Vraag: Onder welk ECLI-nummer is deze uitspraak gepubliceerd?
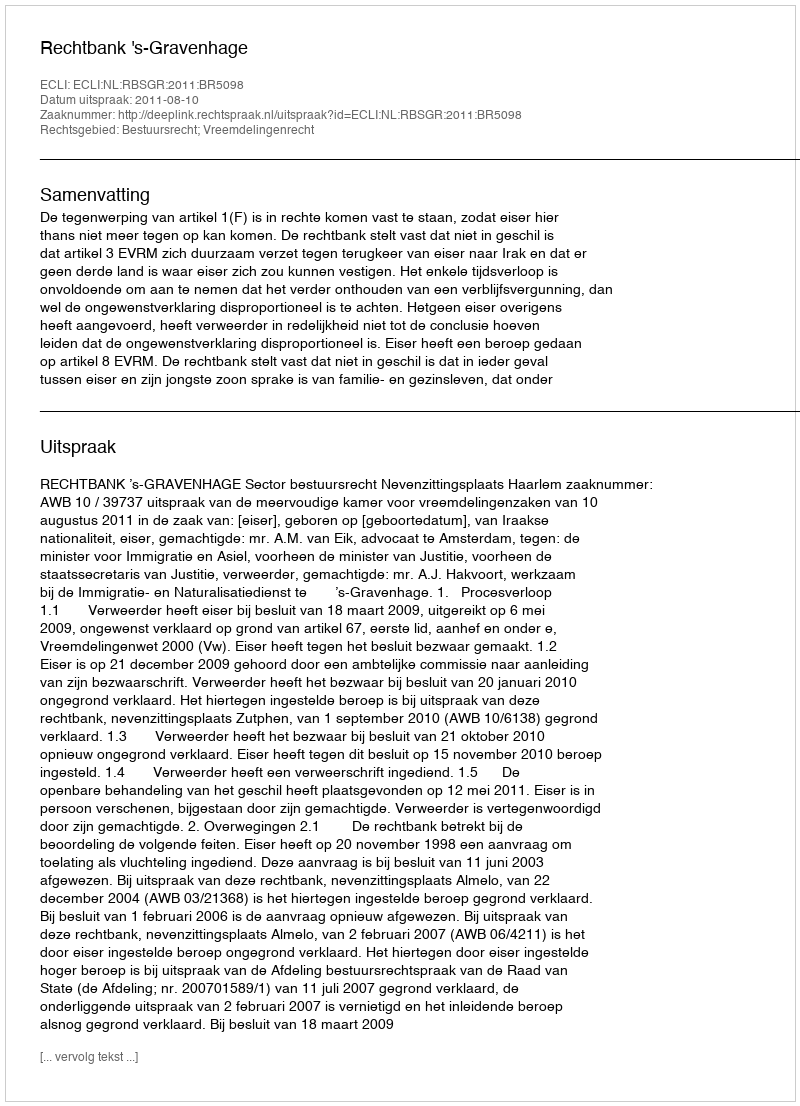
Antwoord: ECLI:NL:RBSGR:2011:BR5098